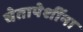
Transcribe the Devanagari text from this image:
चेतापेशींना